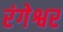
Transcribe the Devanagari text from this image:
रंगेश्वर